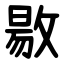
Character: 敭